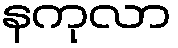
နကုလာ